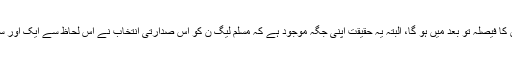
تاہم اس کے لئے مسلم لیگ ن کو آنے والے دنوں میں کیا سیاسی قیمت چکانی پڑے گی، اس کا فیصلہ تو بعد میں ہو گا، البتہ یہ حقیقت اپنی جگہ موجود ہے کہ مسلم لیگ ن کو اس صدارتی انتخاب نے اس لحاظ سے ایک اور سیاسی دھچکا پہنچایا ہے کہ اس نے کراچی کے حوالے سے جو اصولی موقف اپنا رکھا تھا۔